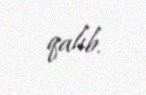
qalıb.